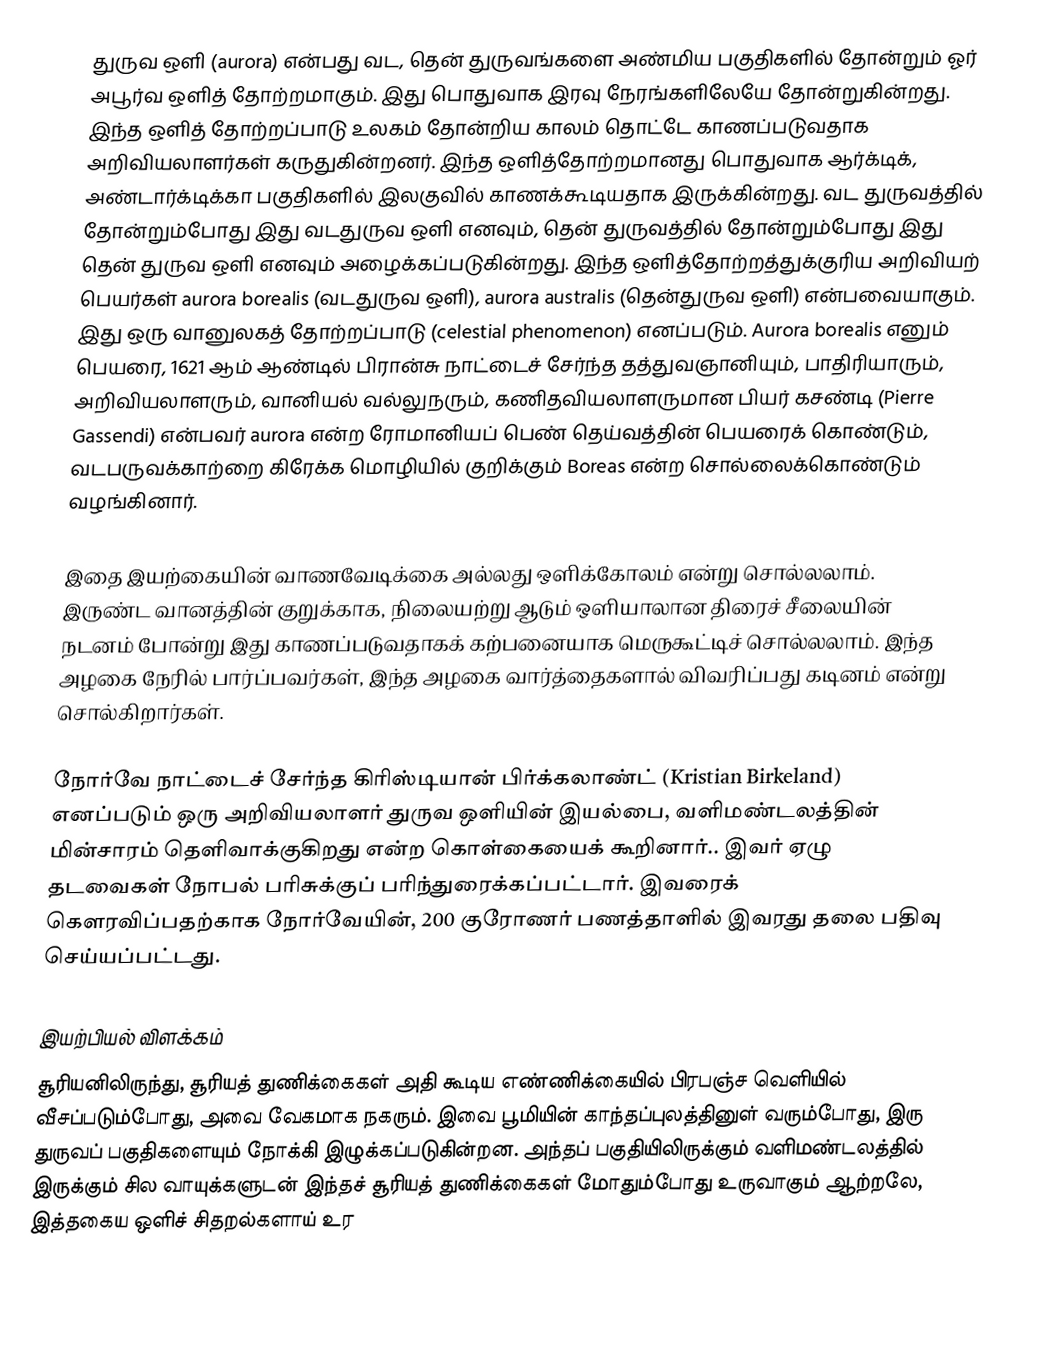
துருவ ஒளி (aurora) என்பது வட, தென் துருவங்களை அண்மிய பகுதிகளில் தோன்றும் ஓர் அபூர்வ ஒளித் தோற்றமாகும். இது பொதுவாக இரவு நேரங்களிலேயே தோன்றுகின்றது. இந்த ஒளித் தோற்றப்பாடு உலகம் தோன்றிய காலம் தொட்டே காணப்படுவதாக அறிவியலாளர்கள் கருதுகின்றனர். இந்த ஒளித்தோற்றமானது பொதுவாக ஆர்க்டிக், அண்டார்க்டிக்கா பகுதிகளில் இலகுவில் காணக்கூடியதாக இருக்கின்றது. வட துருவத்தில் தோன்றும்போது இது வடதுருவ ஒளி எனவும், தென் துருவத்தில் தோன்றும்போது இது தென் துருவ ஒளி எனவும் அழைக்கப்படுகின்றது. இந்த ஒளித்தோற்றத்துக்குரிய அறிவியற் பெயர்கள் aurora borealis  (வடதுருவ ஒளி), aurora australis (தென்துருவ ஒளி) என்பவையாகும். இது ஒரு வானுலகத் தோற்றப்பாடு (celestial phenomenon) எனப்படும். Aurora borealis எனும் பெயரை, 1621 ஆம் ஆண்டில் பிரான்சு நாட்டைச் சேர்ந்த தத்துவஞானியும், பாதிரியாரும், அறிவியலாளரும், வானியல் வல்லுநரும், கணிதவியலாளருமான பியர் கசண்டி (Pierre Gassendi) என்பவர் aurora என்ற ரோமானியப் பெண் தெய்வத்தின் பெயரைக் கொண்டும், வடபருவக்காற்றை கிரேக்க மொழியில் குறிக்கும் Boreas என்ற சொல்லைக்கொண்டும் வழங்கினார்.

இதை இயற்கையின் வாணவேடிக்கை அல்லது ஒளிக்கோலம் என்று சொல்லலாம். இருண்ட வானத்தின் குறுக்காக, நிலையற்று ஆடும் ஒளியாலான திரைச் சீலையின் நடனம் போன்று இது காணப்படுவதாகக் கற்பனையாக மெருகூட்டிச் சொல்லலாம். இந்த அழகை நேரில் பார்ப்பவர்கள், இந்த அழகை வார்த்தைகளால் விவரிப்பது கடினம் என்று சொல்கிறார்கள்.

நோர்வே நாட்டைச் சேர்ந்த கிரிஸ்டியான் பிர்க்கலாண்ட் (Kristian Birkeland) எனப்படும் ஒரு அறிவியலாளர் துருவ ஒளியின் இயல்பை, வளிமண்டலத்தின் மின்சாரம் தெளிவாக்குகிறது என்ற கொள்கையைக் கூறினார்.. இவர் ஏழு தடவைகள் நோபல் பரிசுக்குப் பரிந்துரைக்கப்பட்டார். இவரைக் கௌரவிப்பதற்காக நோர்வேயின், 200 குரோணர் பணத்தாளில் இவரது தலை பதிவு செய்யப்பட்டது.

இயற்பியல் விளக்கம்
சூரியனிலிருந்து, சூரியத் துணிக்கைகள் அதி கூடிய எண்ணிக்கையில் பிரபஞ்ச வெளியில் வீசப்படும்போது, அவை வேகமாக நகரும். இவை பூமியின் காந்தப்புலத்தினுள் வரும்போது, இரு துருவப் பகுதிகளையும் நோக்கி இழுக்கப்படுகின்றன. அந்தப் பகுதியிலிருக்கும் வளிமண்டலத்தில் இருக்கும் சில வாயுக்களுடன் இந்தச் சூரியத் துணிக்கைகள் மோதும்போது உருவாகும் ஆற்றலே, இத்தகைய ஒளிச் சிதறல்களாய் உர